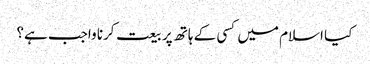
کیا اسلام میں کسی کے ہاتھ پر بیعت کرنا واجب ہے؟